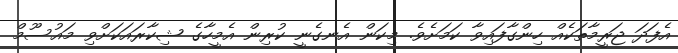
އެފަދަ ޖަރީމާތަކެއް ހިންގާފައިވާ ކަމަށެވެ. މިކަން އެނގެނީ ކުރިން އެމީހާގެ ޝިކާރައަކަށްވި މައުސޫމް